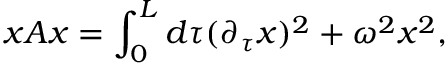
x A x = \int _ { 0 } ^ { L } d \tau ( \partial _ { \tau } x ) ^ { 2 } + \omega ^ { 2 } x ^ { 2 } ,